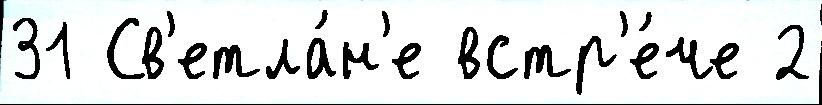
31 Св'етла́н'е встр'е́че 2